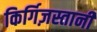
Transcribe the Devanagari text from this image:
किर्गिज़स्तानी